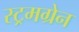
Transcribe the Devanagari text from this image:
स्ट्रमग्रेन